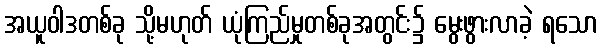
အယူဝါဒတစ်ခု သို့မဟုတ် ယုံကြည်မှုတစ်ခုအတွင်း၌ မွေးဖွားလာခဲ့ ရသော